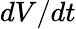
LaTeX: dV/dt